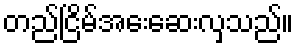
တည်ငြိမ်အေးဆေးလှသည်။